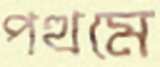
পত্থমে